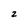
Character: 2